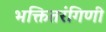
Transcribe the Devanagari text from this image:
भक्तितरंगिणी